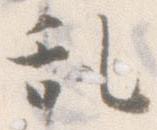
乱